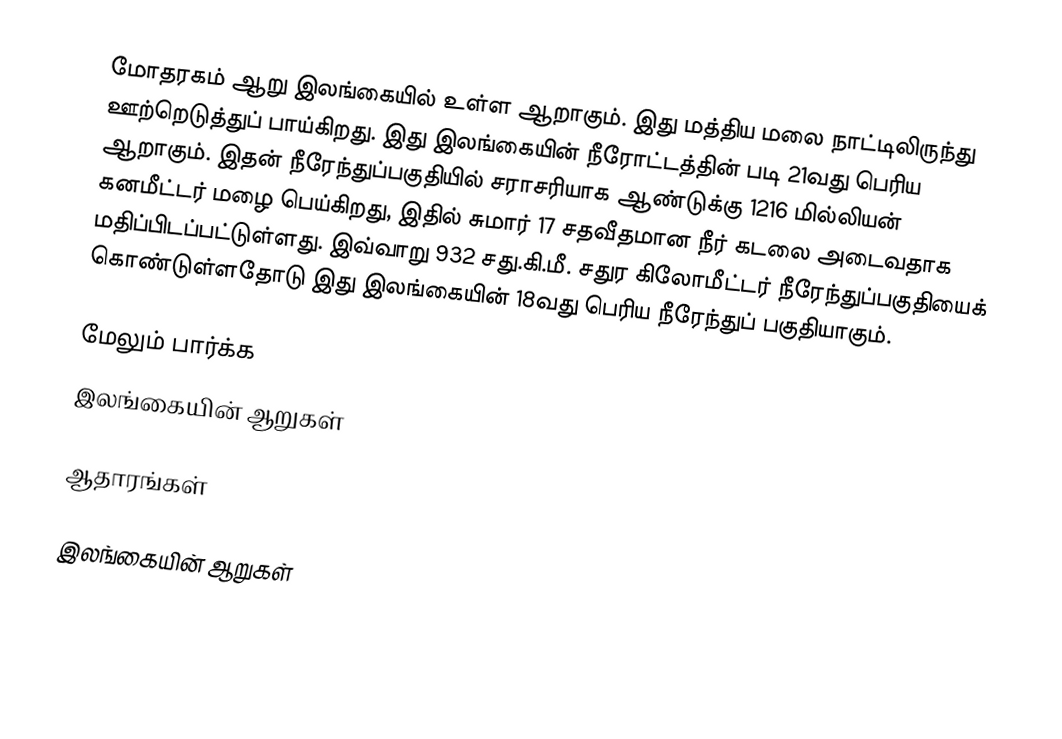
மோதரகம் ஆறு இலங்கையில் உள்ள ஆறாகும். இது மத்திய மலை நாட்டிலிருந்து ஊற்றெடுத்துப் பாய்கிறது. இது இலங்கையின் நீரோட்டத்தின் படி  21வது பெரிய  ஆறாகும். இதன் நீரேந்துப்பகுதியில் சராசரியாக ஆண்டுக்கு 1216 மில்லியன் கனமீட்டர் மழை பெய்கிறது, இதில் சுமார் 17 சதவீதமான நீர் கடலை அடைவதாக மதிப்பிடப்பட்டுள்ளது. இவ்வாறு 932 சது.கி.மீ. சதுர கிலோமீட்டர் நீரேந்துப்பகுதியைக் கொண்டுள்ளதோடு இது இலங்கையின் 18வது பெரிய நீரேந்துப் பகுதியாகும்.

மேலும் பார்க்க
 இலங்கையின் ஆறுகள்

ஆதாரங்கள்

இலங்கையின் ஆறுகள்